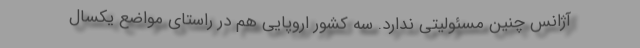
آژانس چنین مسئولیتی ندارد. سه کشور اروپایی هم در راستای مواضع یکسال